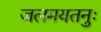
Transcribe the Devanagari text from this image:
जलमयतनुः